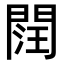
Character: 䦞